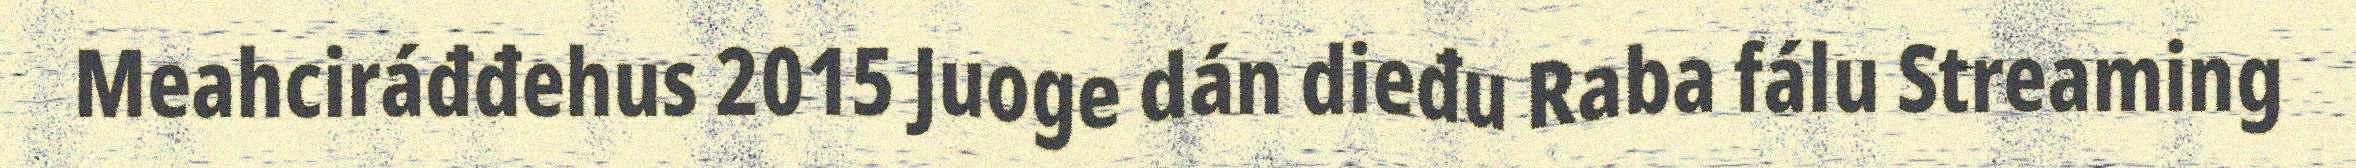
Meahciráđđehus 2015 Juoge dán dieđu Raba fálu Streaming